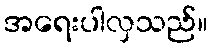
အရေးပါလှသည်။